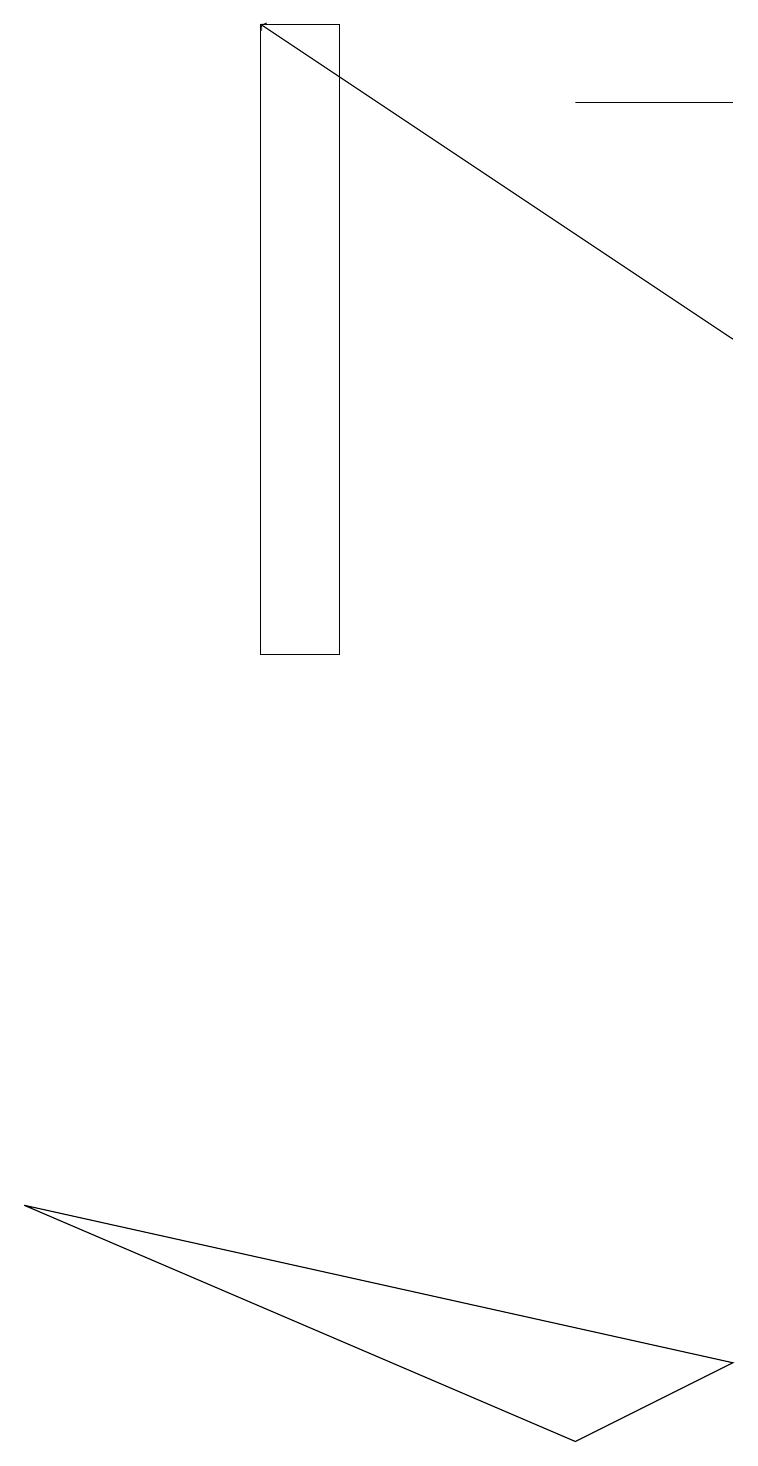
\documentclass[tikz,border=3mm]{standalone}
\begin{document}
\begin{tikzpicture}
\draw (7,18) rectangle (9,18);
\draw (3,11) rectangle (4,19);
\draw (9,2) -- (7,1) -- (0,4) -- cycle;
\draw[->] (9,15) -- (3,19);
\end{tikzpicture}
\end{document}